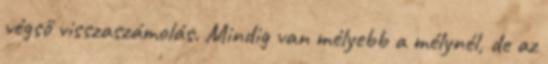
végső visszaszámolás. Mindig van mélyebb a mélynél, de az